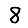
Digit: 8